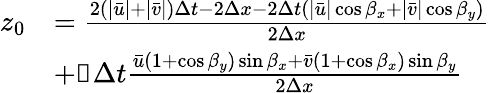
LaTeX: \begin{array}{rl}{z_{0}}&{=\frac{2(|\bar{u}|+|\bar{v}|)\Delta t-2\Delta x-2\Delta t(|\bar{u}|\cos\beta_{x}+|\bar{v}|\cos\beta_{y})}{2\Delta x}}\\ &{+\mathbb{i}\Delta t\frac{\bar{u}(1+\cos\beta_{y})\sin\beta_{x}+\bar{v}(1+\cos\beta_{x})\sin\beta_{y}}{2\Delta x}}\end{array}